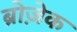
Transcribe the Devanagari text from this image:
ब्रोज़ेक